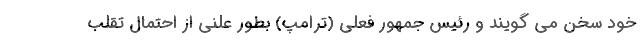
خود سخن می گویند و رئیس جمهور فعلی (ترامپ) بطور علنی از احتمال تقلب